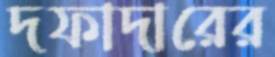
দফাদারের